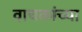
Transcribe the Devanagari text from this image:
वाचकांच्‍या